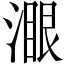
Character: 𣼹